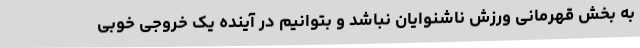
به بخش قهرمانی ورزش ناشنوایان نباشد و بتوانیم در آینده یک خروجی خوبی